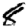
Digit: 8